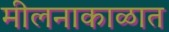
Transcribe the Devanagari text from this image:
मीलनाकाळात